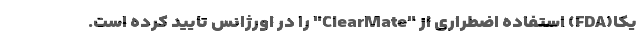
یکا(FDA) استفاده اضطراری از "ClearMate" را در اورژانس تایید کرده است.